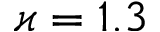
\varkappa = 1 . 3